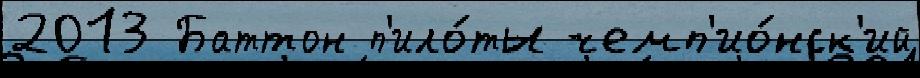
2013 Баттон п'ило́ты чемп'ио́нск'ий